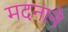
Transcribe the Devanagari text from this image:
मदनाने